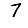
Digit: 7